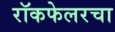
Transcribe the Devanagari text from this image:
रॉकफेलरचा